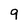
Character: 9